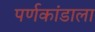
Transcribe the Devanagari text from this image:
पर्णकांडाला